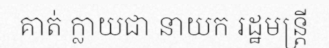
គាត់ ក្លាយជា នាយក រដ្ឋមន្ត្រី